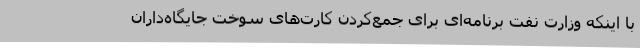
با اینکه وزارت نفت برنامه‌ای برای جمع‌کردن کارت‌های سوخت جایگاه‌داران